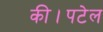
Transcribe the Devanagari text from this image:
की।पटेल